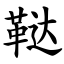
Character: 鞑